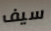
سيف